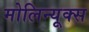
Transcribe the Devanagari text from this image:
मोलिन्यूक्स